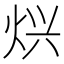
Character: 𱫄